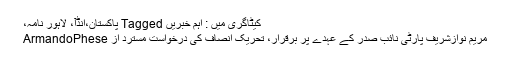
کیٹاگری میں : اہم خبریں Tagged پاکستان،انڈٰآ، لاہور نامہ،
مریم نوازشریف پارٹی نائب صدر کے عہدے پر برقرار، تحریک انصاف کی درخواست مسترد از ArmandoPhese